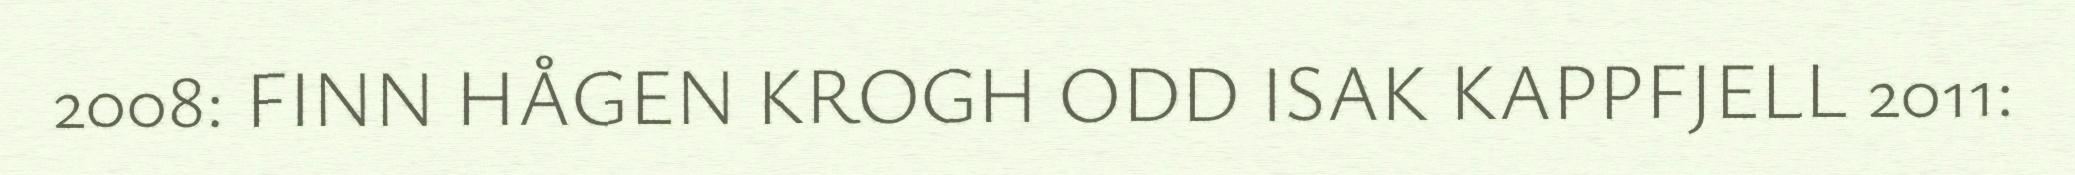
2008: FINN HÅGEN KROGH ODD ISAK KAPPFJELL 2011: